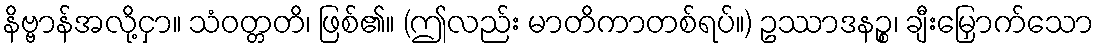
နိဗ္ဗာန်အလို့ငှာ။ သံဝတ္တတိ၊ ဖြစ်၏။ (ဤလည်း မာတိကာတစ်ရပ်။) ဥဿာဒနဉ္စ၊ ချီးမြှောက်သော